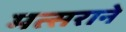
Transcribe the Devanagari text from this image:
मत्सराने